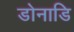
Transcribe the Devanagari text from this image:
डोनाडि